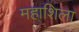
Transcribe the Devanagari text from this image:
महाशिला